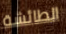
الطائشة